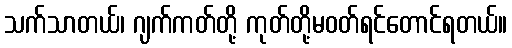
သက်သာတယ်၊ ဂျက်ကတ်တို့ ကုတ်တို့မဝတ်ရင်တောင်ရတယ်။